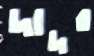
দাদর